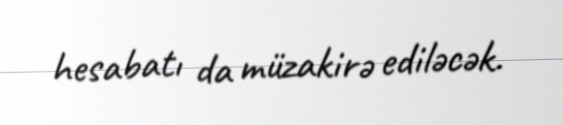
hesabatı da müzakirə ediləcək.